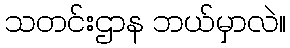
သတင်းဌာန ဘယ်မှာလဲ။